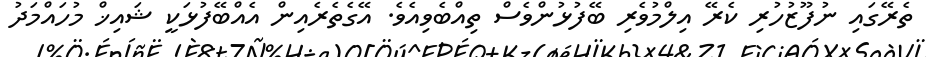
ތެރޭގައި ނުފޫޒުހުރި ކެރޭ އިލްމުވެރި ބޭފުޅުންވެސް ތިއްބެވިއެވެ. އޭގެތެރެއިން އެއްބޭފުޅަކީ ޝައިޚް މުހައްމަދު